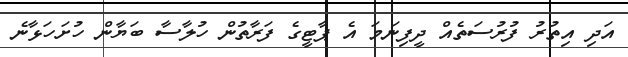
އަދި އިތުރު ފުރުސަތެއް ދީފިނަމަ އެ ޕާޓީގެ ފަރާތުން ހުލާސާ ބަޔާން ހުށަހަޅާނެ